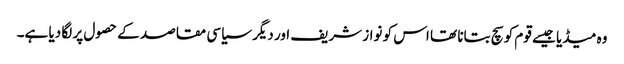
وہ میڈیا جیسے قوم کو سچ بتانا تھا اس کو نواز شریف اور دیگر سیاسی مقاصد کے حصول پر لگا دیا ہے۔